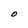
Character: O